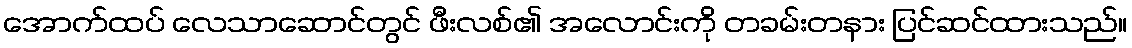
အောက်ထပ် လေသာဆောင်တွင် ဖီးလစ်၏ အလောင်းကို တခမ်းတနား ပြင်ဆင်ထားသည်။